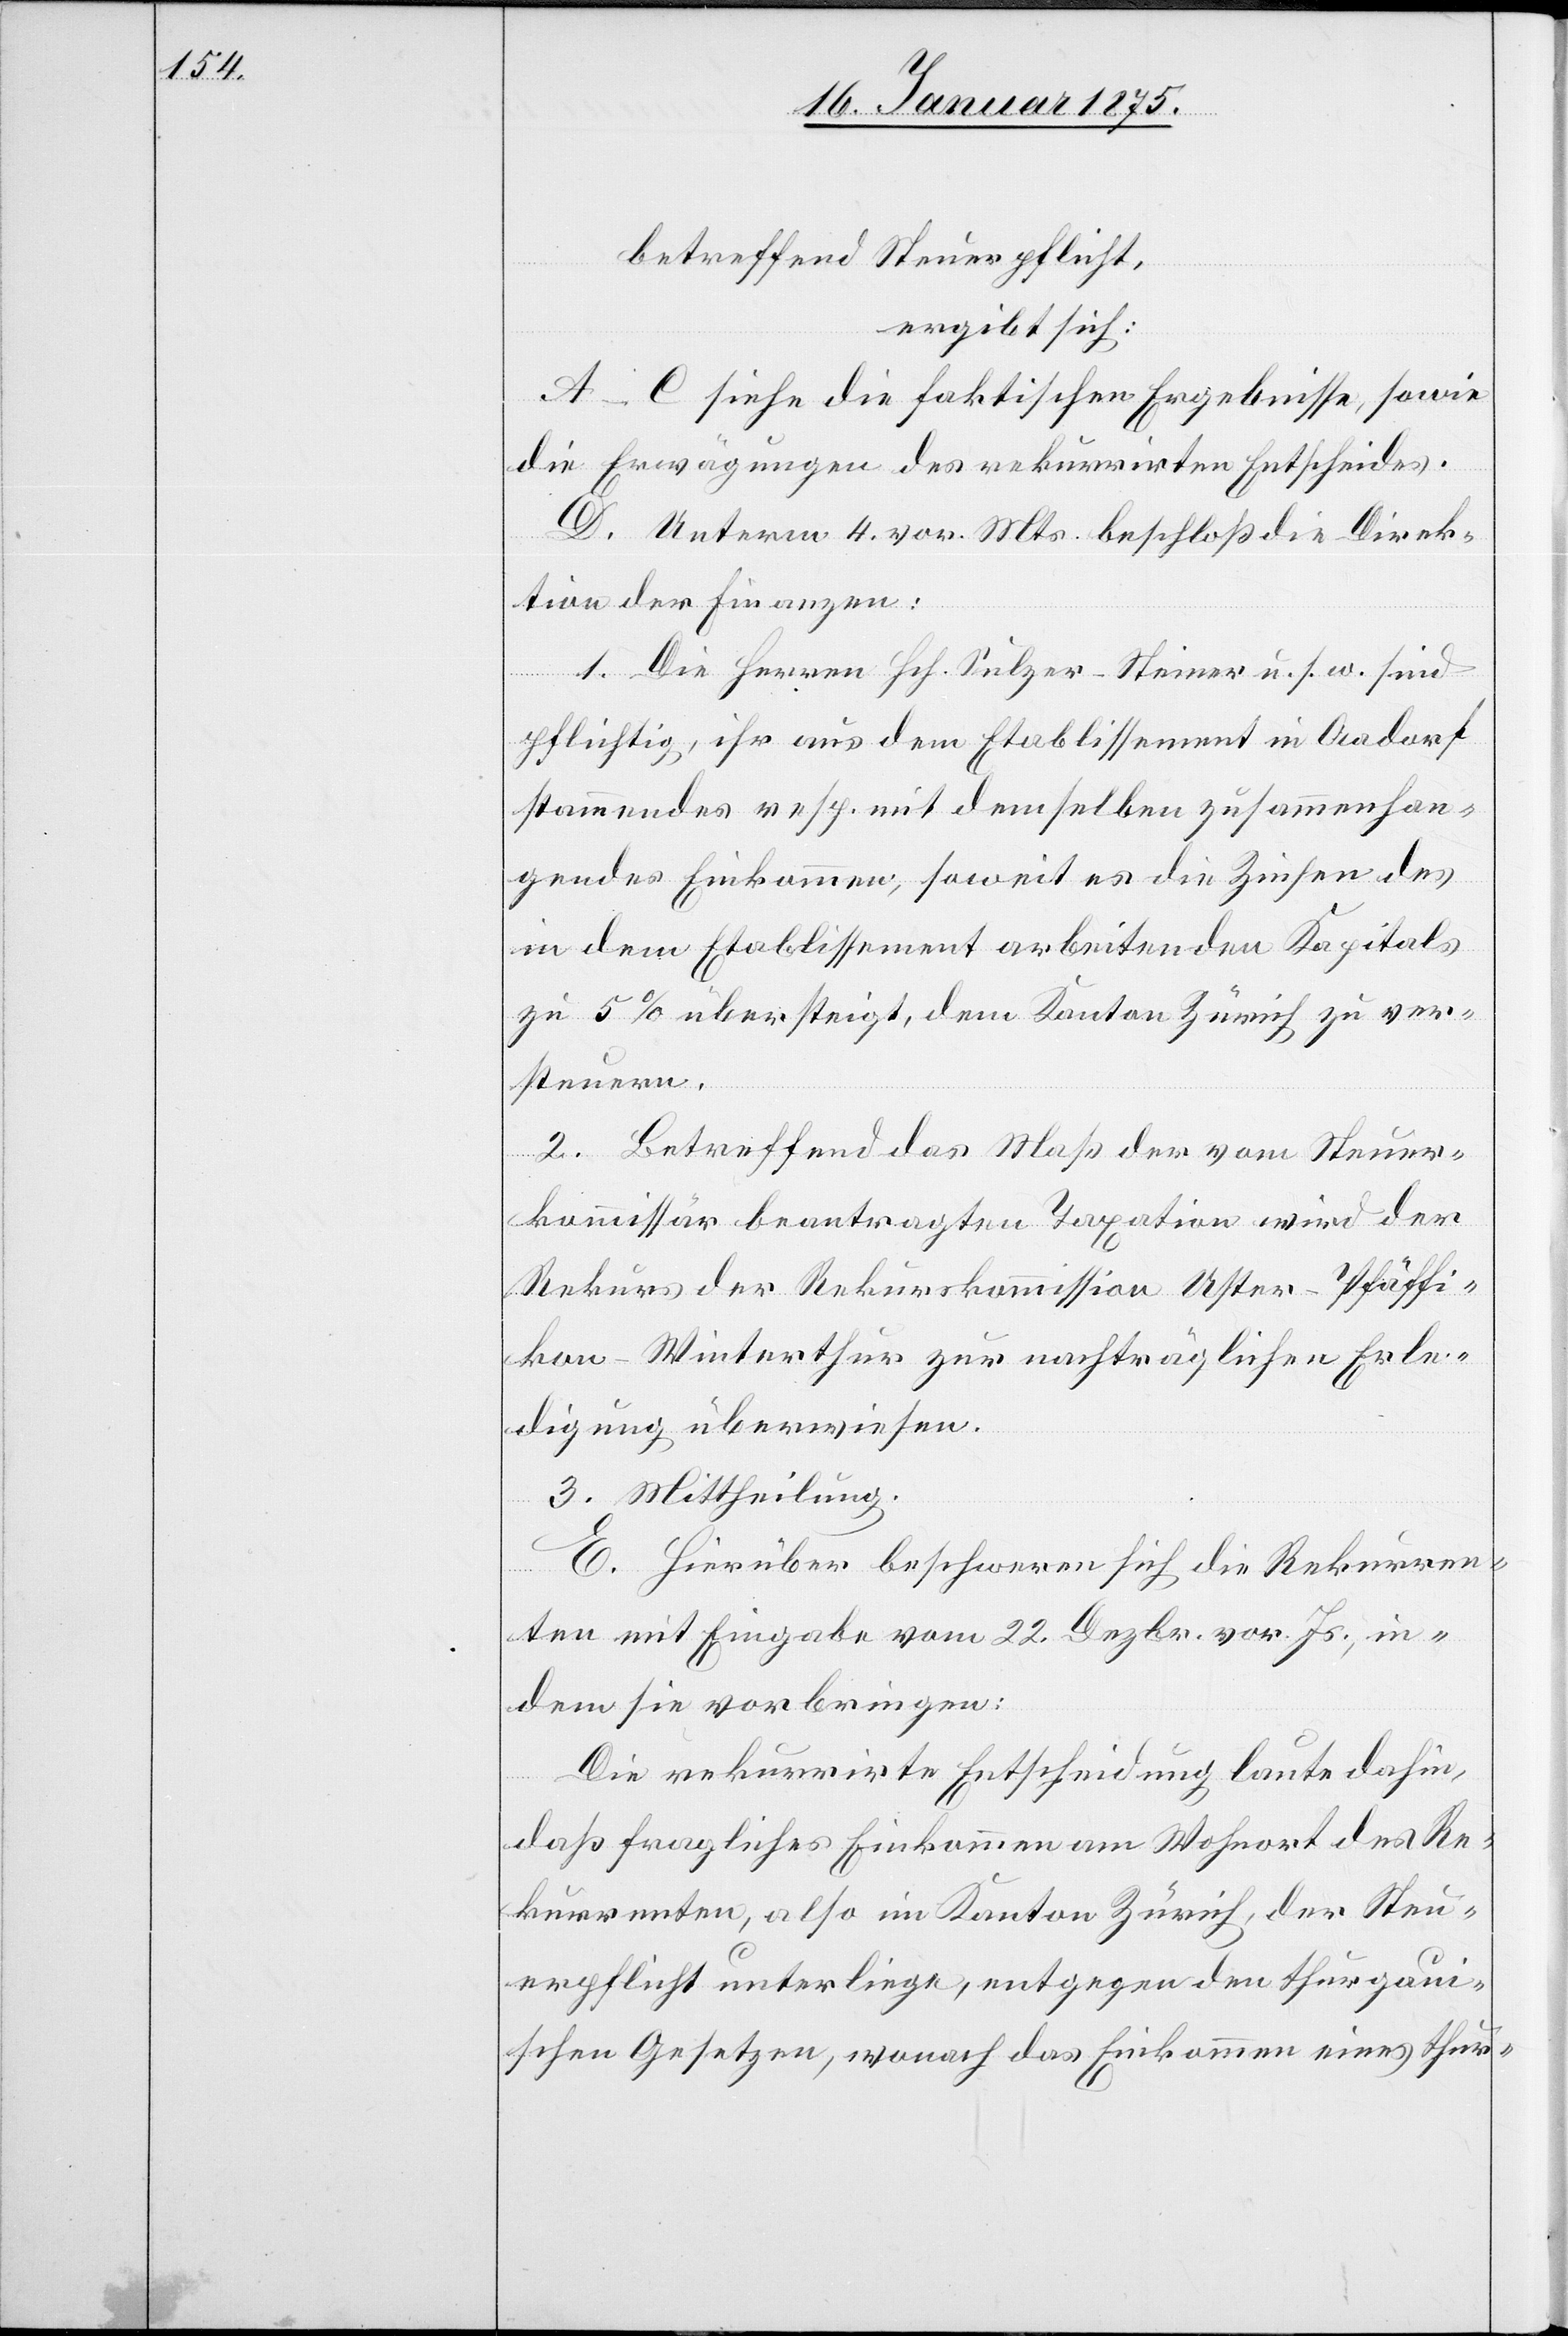
betreffend Steuerpflicht,
ergibt sich:
A–C siehe die faktischen Ergebnisse, sowie
die Erwägungen des rekurrirten Entscheides.
D. Unterm 4. vor. Mts. beschloß die Direk¬
tion der Finanzen.
1. Die Herren Hch. Sulzer-Steiner u. s. w. sind
pflichtig, ihr aus dem Etablissement in Aadorf
stammendes resp. mit demselben zusammenhan¬
gendes Einkommen, soweit es die Zinsen des
in dem Etablissement arbeitenden Kapitals
zu 5% übersteigt, dem Kanton Zürich zu ver¬
steuern.
2. Betreffend das Maß der vom Steuer¬
kommissär beantragten Taxation wird der
Rekurs der Rekurskommission Uster-Pfäffi¬
kon-Winterthur zur nachträglichen Erle¬
digung überwiesen.
3. Mittheilung.
E. Hierüber beschweren sich die Rekurren¬
ten mit Eingabe vom 22. Dezbr. vor. Js., in¬
dem sie vorbringen:
Die rekurrirte Entscheidung laute dahin,
daß fragliches Einkommen am Wohnort des Re¬
kurrenten, also im Kanton Zürich, der Steu¬
erpflicht unterliege, entgegen den thurgaui¬
schen Gesetzen, wonach das Einkommen eines thur-